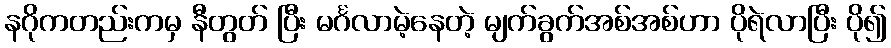
နဂိုကတည်းကမှ နီတွတ် ပြီး မင်္ဂလာမဲ့နေတဲ့ မျက်ခွက်အစ်အစ်ဟာ ပိုရဲလာပြီး ပို၍